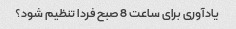
یادآوری برای ساعت 8 صبح فردا تنظیم شود؟